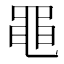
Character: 黽